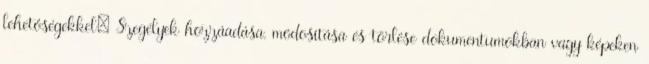
lehetőségekkel: Szegélyek hozzáadása, módosítása és törlése dokumentumokban vagy képeken